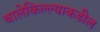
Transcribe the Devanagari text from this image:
बालेकिल्ल्याकडील